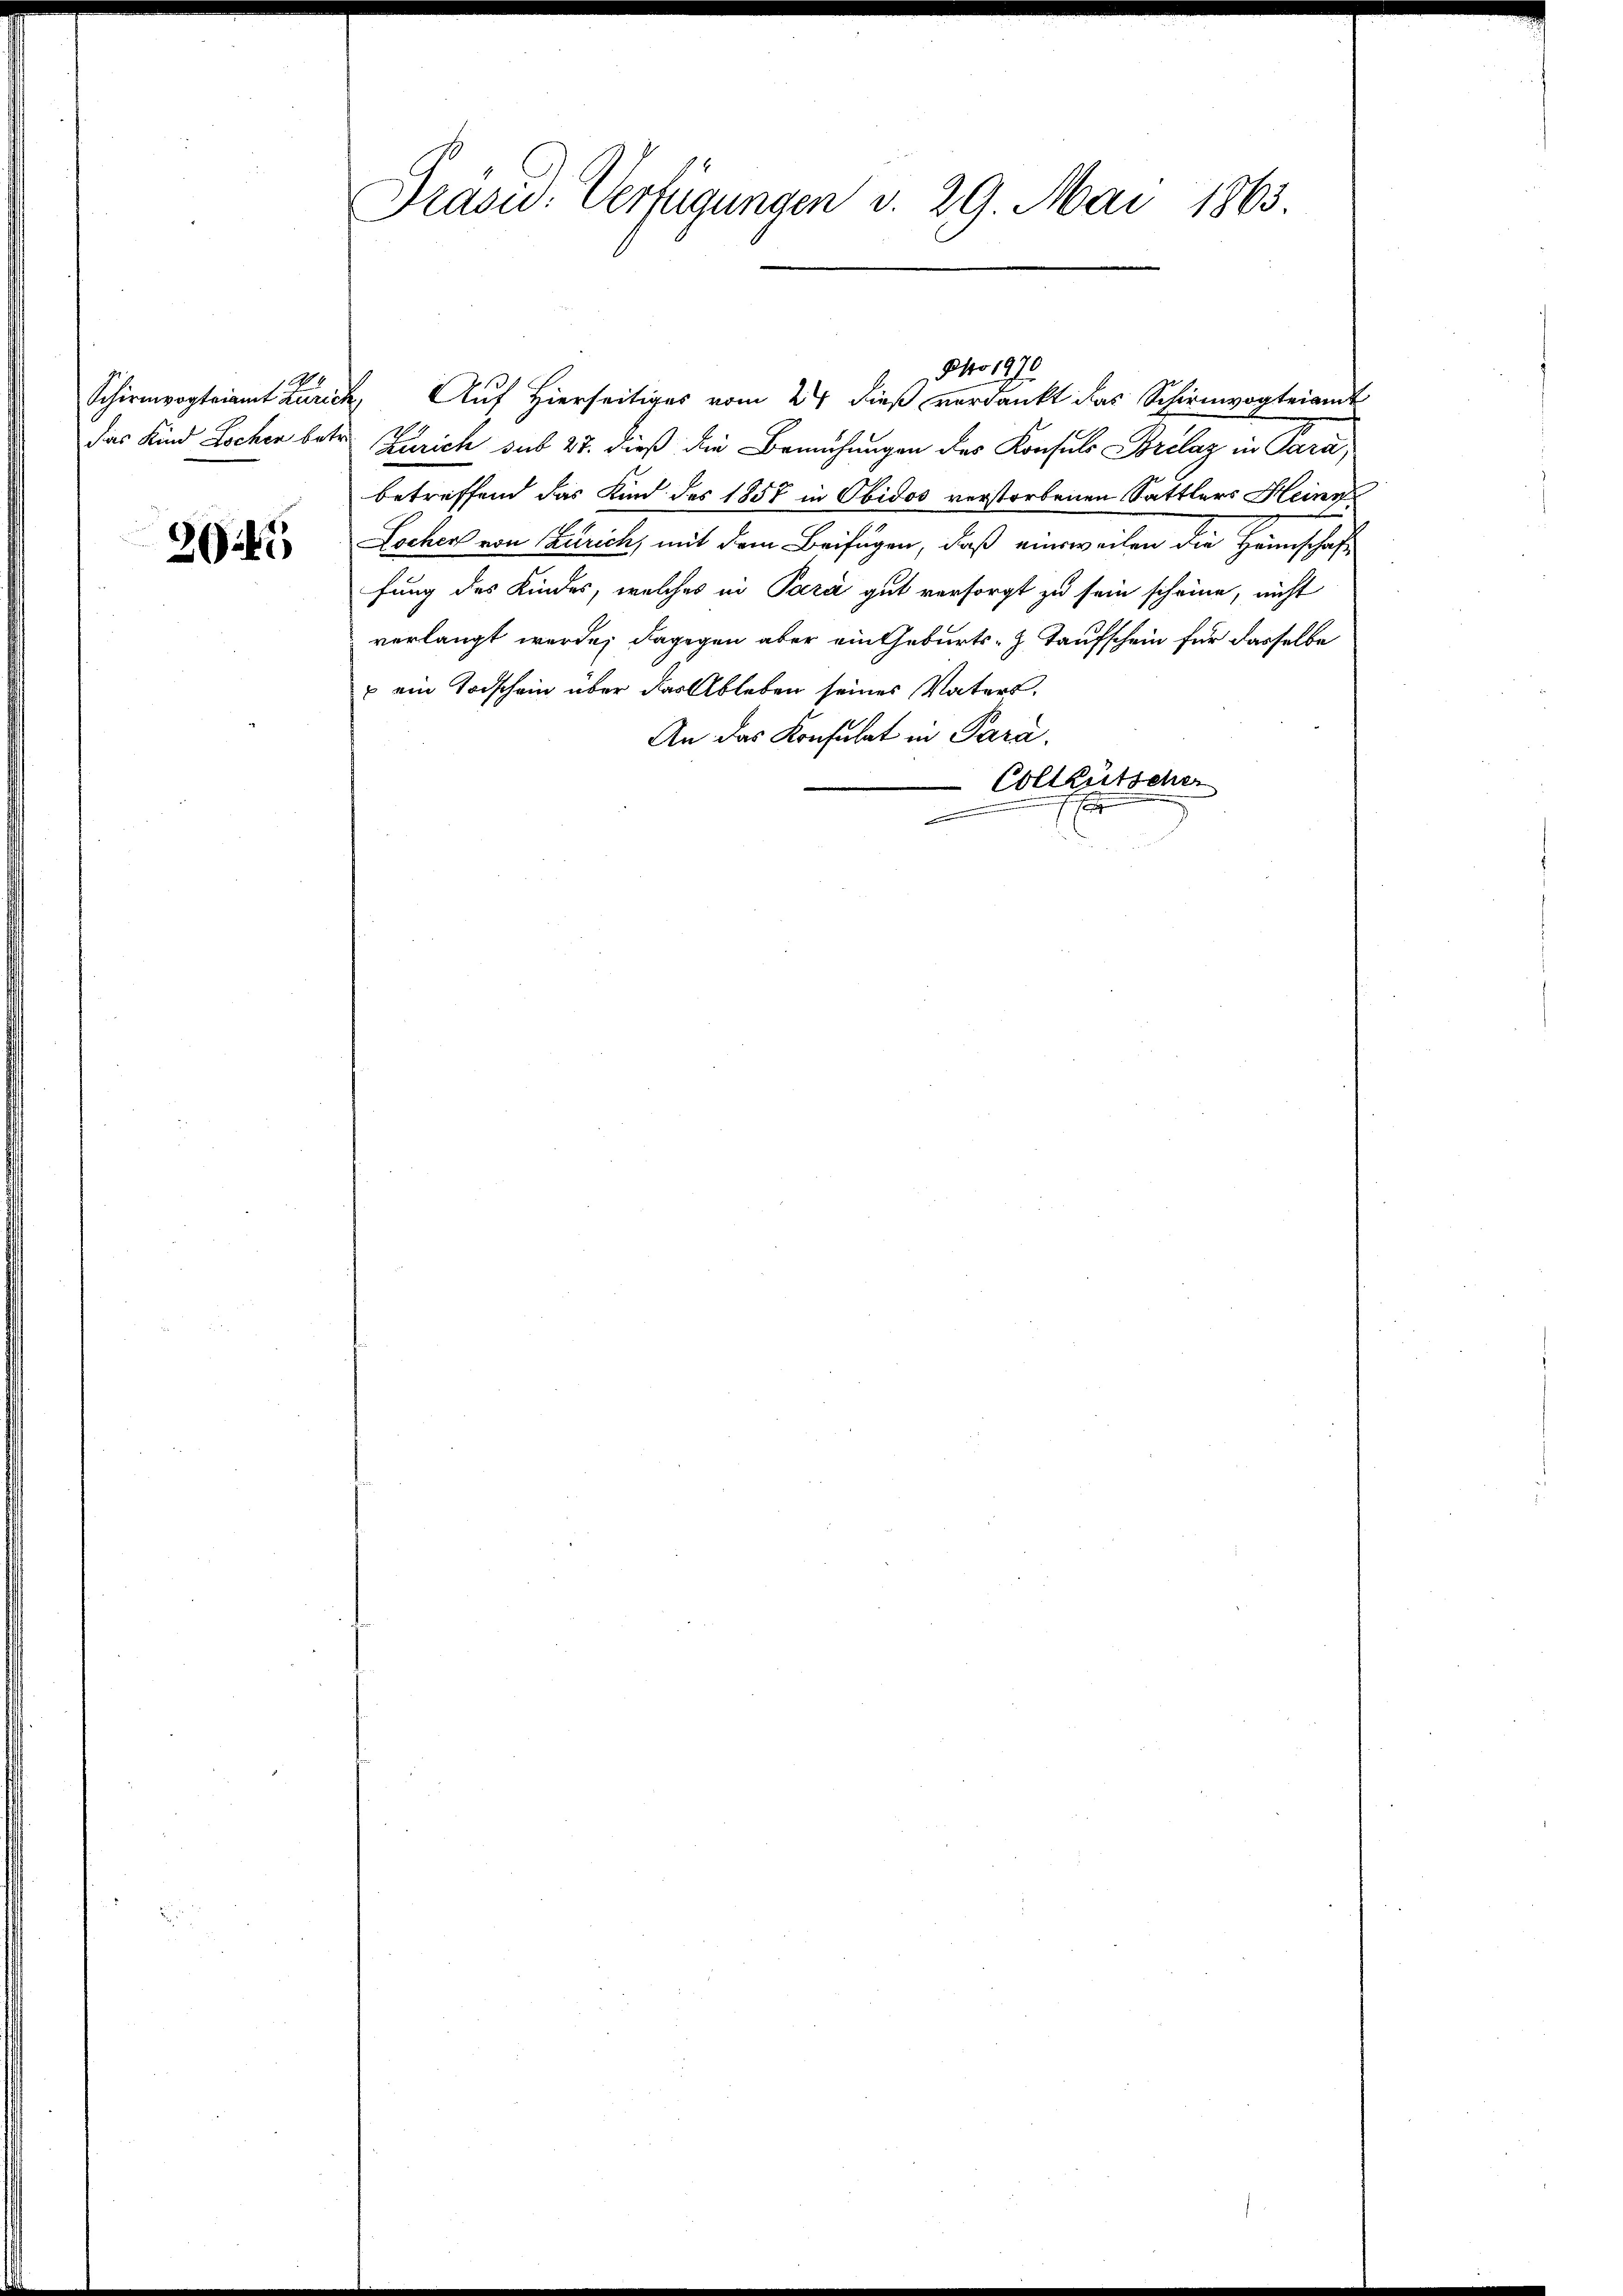
2044

Präsid. Verfügungen v. 29. Mai 1863.

Schirmvogteiamt Zürich, Auf Hierseitiges vom 24. dieß verdankt das Schirmvogteiamt
das Kind Locher betr. Zürich sub 27. dieß die Bemühungen des Konsuls Borclaz in Para,
betreffend das Kind des 1857 in Obidos verstorbenen Sattlers Heinr
Locher von Zürich, mit dem Beifügen, daß einsweilen die Heinschaft
fung des Kindes, welches in Para gut versorgt zu sein scheine, nicht
verlangt werde; dagegen aber ein Geburts-Z. Taufschein für dasselbe
 ein Todschein über das Ableben seines Vaters
An das Konsulat in Para
Colleütscher
.
-

Nro 187